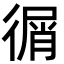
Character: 㣯